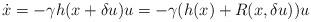
LaTeX: \begin{align*}\dot{x} = -\gamma h(x+\delta u) u = -\gamma (h(x)+R(x,\delta u)) u\end{align*}